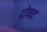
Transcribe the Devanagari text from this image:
दोषच